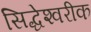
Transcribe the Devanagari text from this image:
सिद्धेश्‍वरीक